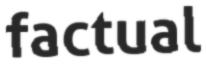
factual